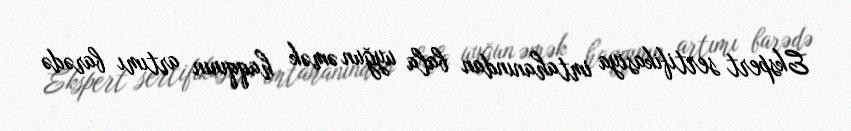
Ekspert sertifikasiya imtahanından bala uyğun əmək haqqının artımı barədə